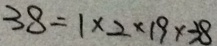
3 8 = 1 \times 2 \times 1 9 \times 3 8